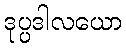
ဒုပ္ပဒါလယော